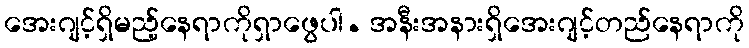
အေးဂျင့်ရှိမည့်နေရာကိုရှာဖွေပါ. အနီးအနားရှိအေးဂျင့်တည်နေရာကို